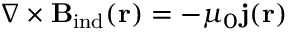
\nabla \times \mathbf { B } _ { \mathrm { i n d } } ( \mathbf { r } ) = - \mu _ { 0 } \mathbf { j } ( \mathbf { r } )